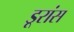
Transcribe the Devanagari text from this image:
डूरांस